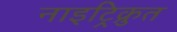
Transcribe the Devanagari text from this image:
नाइट्रिक्रुत